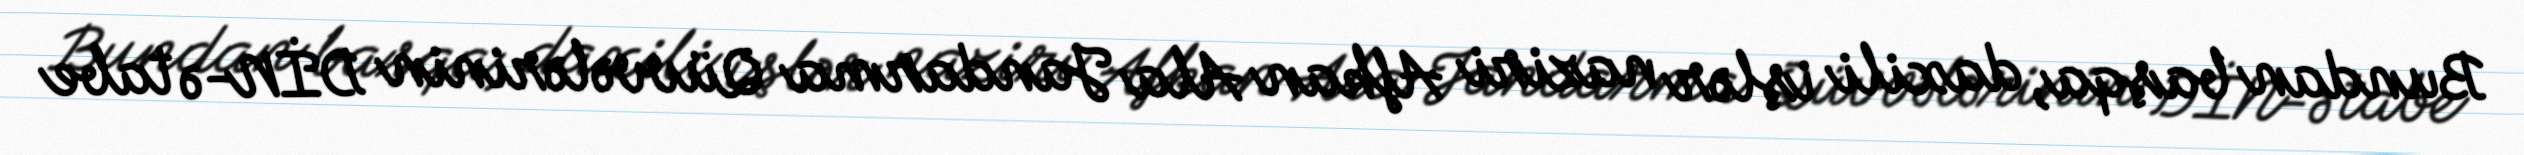
Bundan başqa, daxili işlər naziri Afkan Ala Jandarma Qüvvələrinin DİN-ə tabe